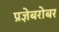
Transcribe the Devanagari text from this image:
प्रज्ञेबरोबर